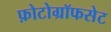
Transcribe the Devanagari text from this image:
फ़ोटोग्रॉफसेट